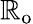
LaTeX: \mathbb{R}_{\mathrm{{o}}}